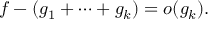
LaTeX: f - ( g _ { 1 } + \cdots + g _ { k } ) = o ( g _ { k } ) .